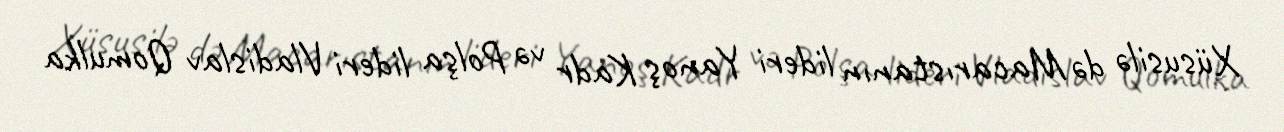
Xüsusilə də Macarıstanın lideri Yanoş Kadr və Polşa lideri Vladislav Qomulka